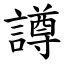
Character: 譐